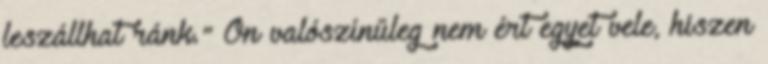
leszállhat ránk." Ön valószínűleg nem ért egyet vele, hiszen